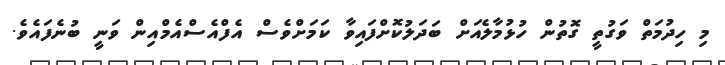
މި ހިދުމަތް ވަގުތީ ގޮތުން ހުޅުމާލެއަށް ބަދަލުކޮށްފައިވާ ކަމަށްވެސް އެފްއެސްއެމްއިން ވަނީ ބުނެފައެވެ.